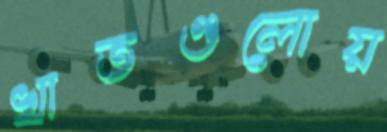
খাতগুলোয়